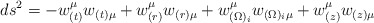
\begin{align*}ds^2 = - w_{(t)}^{\mu} w_{(t) \mu} + w_{(r)}^{\mu} w_{(r) \mu} +w_{(\Omega)_i}^{\mu} w_{(\Omega)_i \mu} + w_{(z)}^{\mu} w_{(z) \mu}\end{align*}